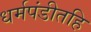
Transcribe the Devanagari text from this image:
धर्मपंडीतहि